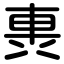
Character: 軣